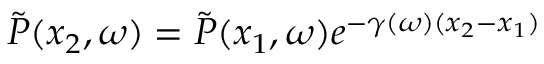
\Tilde { P } ( x _ { 2 } , \omega ) = \Tilde { P } ( x _ { 1 } , \omega ) e ^ { - \gamma ( \omega ) ( x _ { 2 } - x _ { 1 } ) }